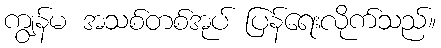
ကျွန်မ အသစ်တစ်အုပ် ပြန်ရေးလိုက်သည်။